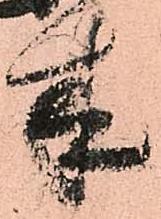
来